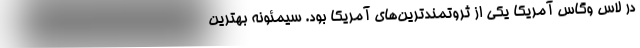
در لاس وگاس آمریکا یکی از ثروتمندترین‌های آمریکا بود. سیمئونه بهترین